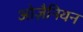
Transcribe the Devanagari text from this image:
ओज़ैनियन